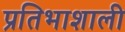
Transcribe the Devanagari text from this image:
प्रतिभाशाली